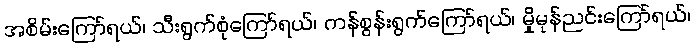
အစိမ်းကြော်ရယ်၊ သီးရွက်စုံကြော်ရယ်၊ ကန်စွန်းရွက်ကြော်ရယ်၊ မှိုမုန်ညင်းကြော်ရယ်၊